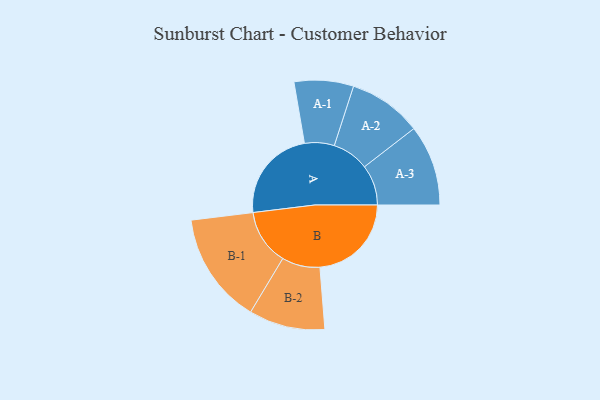
{"axis": {"x": "Segment", "y": "Value"}, "legend": ["", "A", "B"], "data": [{"x": "A", "y": 488, "type": ""}, {"x": "B", "y": 478, "type": ""}, {"x": "A-1", "y": 155, "type": "A"}, {"x": "A-2", "y": 192, "type": "A"}, {"x": "A-3", "y": 211, "type": "A"}, {"x": "B-1", "y": 291, "type": "B"}, {"x": "B-2", "y": 199, "type": "B"}]}